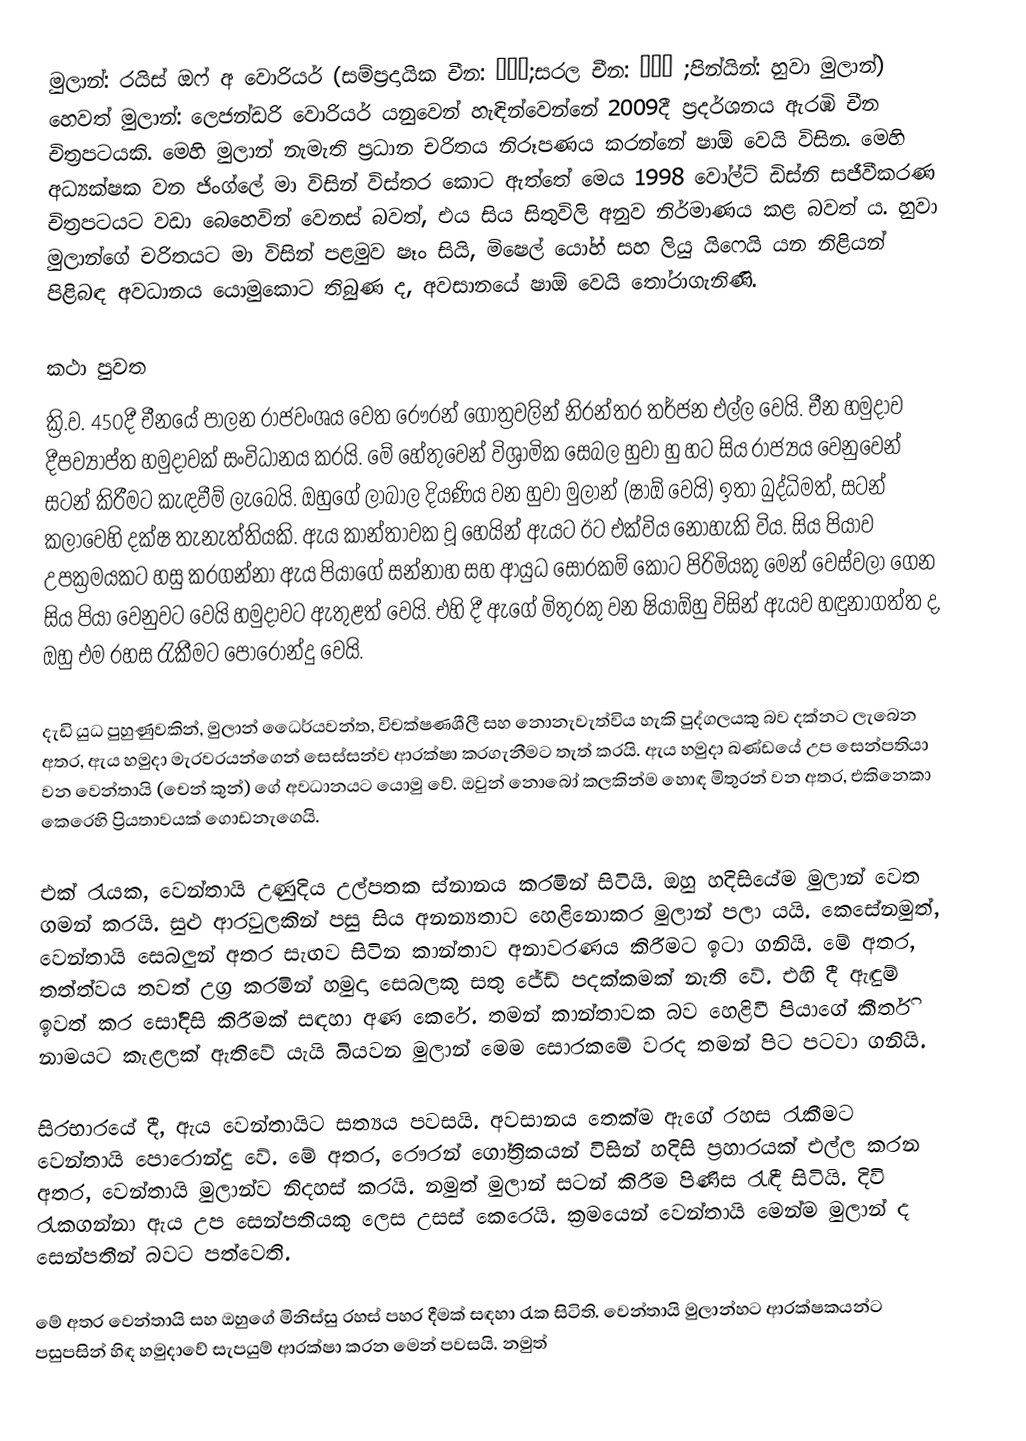
මුලාන්: රයිස් ඔෆ් අ වොරියර් (සම්ප්‍රදායික චීන: 花木蘭;සරල චීන: 花木兰 ;පින්යින්: හුවා මුලාන්) හෙවත් මුලාන්: ලෙජන්ඩරි වොරියර් යනුවෙන් හැඳින්වෙන්නේ 2009දී ප්‍රදර්ශනය ඇරඹි චීන චිත්‍රපටයකි. මෙහි මුලාන් නැමැති ප්‍රධාන චරිතය නිරූපණය කරන්නේ ෂාඕ වෙයි විසින. මෙහි අධ්‍යක්ෂක වන ජිංග්ලේ මා විසින් විස්තර කොට ඇත්තේ මෙය 1998 වෝල්ට් ඩිස්නි සජීවීකරණ චිත්‍රපටයට වඩා බෙහෙවින් වෙනස් බවත්, එය සිය සිතුවිලි අනුව නිර්මාණය කළ බවත් ය. හුවා මුලාන්ගේ චරිතයට මා විසින් පළමුව ෂෑං සියි, මිෂෙල් යෝහ් සහ ලියු යිෆෙයි යන නිළියන් පිළිබඳ අවධානය යොමුකොට තිබුණ ද, අවසානයේ ෂාඕ වෙයි තෝරාගැනිණි.

කථා පුවත
ක්‍රි.ව. 450දී චීනයේ පාලන රාජවංශය වෙත රෞරන් ගෝත්‍රවලින් නිරන්තර තර්ජන එල්ල වෙයි. චීන හමුදාව දීපව්‍යාප්ත හමුදාවක් සංවිධානය කරයි. මේ හේතුවෙන් විශ්‍රාමික සෙබල හුවා හු හට සිය රාජ්‍යය වෙනුවෙන් සටන් කිරීමට කැඳවීම් ලැබෙයි. ඔහුගේ ලාබාල දියණිය වන හුවා මුලාන් (ෂාඕ වෙයි) ඉතා බුද්ධිමත්, සටන් කලාවෙහි දක්ෂ තැනැත්තියකි. ඇය කාන්තාවක වූ හෙයින් ඇයට ඊට එක්විය නොහැකි විය. සිය පියාව උපක්‍රමයකට හසු කරගන්නා ඇය පියාගේ සන්නාහ සහ ආයුධ සොරකම් කොට පිරිමියකු මෙන් වෙස්වලා ගෙන සිය පියා වෙනුවට වෙයි හමුදාවට ඇතුළත් වෙයි. එහි දී ඇගේ මිතුරකු වන ෂියාඕහු විසින් ඇයව හඳුනාගත්ත ද, ඔහු එම රහස රැකීමට පොරොන්දු වෙයි.

දැඩි යුධ පුහුණුවකින්, මුලාන් ධෛර්යවන්ත, විචක්ෂණශීලී සහ නොනැවැත්විය හැකි පුද්ගලයකු බව දක්නට ලැබෙන අතර, ඇය හමුදා මැරවරයන්ගෙන් සෙස්සන්ව ආරක්ෂා කරගැනීමට තැත් කරයි. ඇය හමුදා ඛණ්ඩයේ උප සෙන්පතියා වන වෙන්තායි (චෙන් කුන්) ගේ අවධානයට යොමු වේ. ඔවුන් නොබෝ කලකින්ම හොඳ මිතුරන් වන අතර, එකිනෙකා කෙරෙහි ප්‍රියතාවයක් ගොඩනැගෙයි.

එක් රැයක, වෙන්තායි උණුදිය උල්පතක ස්නානය කරමින් සිටියි. ඔහු හදිසියේම මුලාන් වෙත ගමන් කරයි. සුළු ආරවුලකින් පසු සිය අනන්‍යතාව හෙළිනොකර මුලාන් පලා යයි. කෙසේනමුත්, වෙන්තායි සෙබලුන් අතර සැඟව සිටින කාන්තාව අනාවරණය කිරීමට ඉටා ගනියි. මේ අතර, තත්ත්වය තවත් උග්‍ර කරමින් හමුදා සෙබලකු සතු ජේඩ් පදක්කමක් නැති වේ. එහි දී ඇඳුම් ඉවත් කර සෝදිසි කිරීමක් සඳහා අණ කෙරේ. තමන් කාන්තාවක බව හෙළිවී පියාගේ කීර්ති නාමයට කැළලක් ඇතිවේ යැයි බියවන මුලාන් මෙම සොරකමේ වරද තමන් පිට පටවා ගනියි.

සිරභාරයේ දී, ඇය වෙන්තායිට සත්‍යය පවසයි. අවසානය තෙක්ම ඇගේ රහස රැකීමට වෙන්තායි පොරොන්දු වේ. මේ අතර, රෞරන් ගෝත්‍රිකයන් විසින් හදිසි ප්‍රහාරයක් එල්ල කරන අතර, වෙන්තායි මුලාන්ව නිදහස් කරයි. නමුත් මුලාන් සටන් කිරීම පිණිස රැඳී සිටියි. දිවි රැකගන්නා ඇය උප සෙන්පතියකු ලෙස උසස් කෙරෙයි. ක්‍රමයෙන් වෙන්තායි මෙන්ම මුලාන් ද සෙන්පතීන් බවට පත්වෙති.

මේ අතර වෙන්තායි සහ ඔහුගේ මිනිස්සු රහස් පහර දීමක් සඳහා රැක සිටිති. වෙන්තායි මුලාන්හට ආරක්ෂකයන්ට පසුපසින් හිඳ හමුදාවේ සැපයුම් ආරක්ෂා කරන මෙන් පවසයි. නමුත්